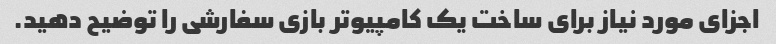
اجزای مورد نیاز برای ساخت یک کامپیوتر بازی سفارشی را توضیح دهید.